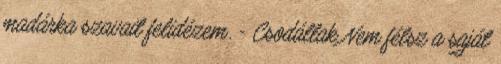
madárka szavait felidézem. - Csodállak Nem félsz a saját